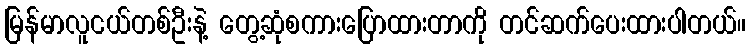
မြန်မာလူငယ်တစ်ဦးနဲ့ တွေ့ဆုံစကားပြောထားတာကို တင်ဆက်ပေးထားပါတယ်။